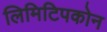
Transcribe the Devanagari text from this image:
लिमिटिपकोन